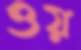
ওয়